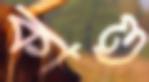
কাণ্ড